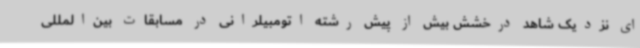
ای نزدیک شاهد درخشش بیش از پیش رشته اتومبیلرانی در مسابقات بین‌المللی